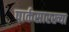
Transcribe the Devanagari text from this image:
पार्कसारख्या